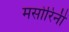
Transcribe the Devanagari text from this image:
मसोरिनी